Annual statistical returns and brief notes on vaccination in Bengal - 1909-1929
Year: 1909
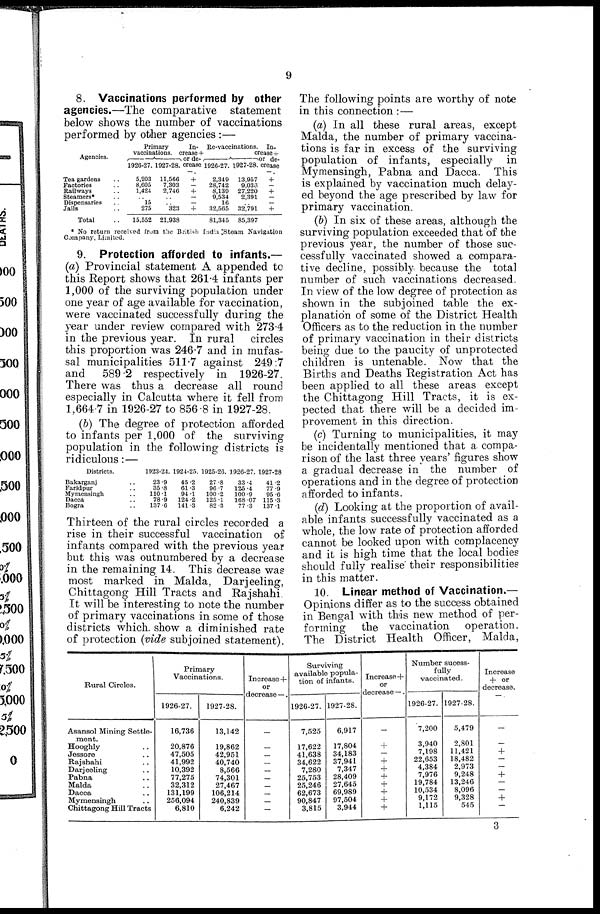
9
8. Vaccinations performed by other
agencies.—The comparative statement
below shows the number of vaccinations
performed by other agencies :—
Agencies.
Tea gardens ..
Factories ..
Railways ..
Steamers* ..
Dispensaries ..
Jails ..
Total ..
Primary
vaccinations.
1926-27.
5,203
8,605
1,424
..
15
275
15,552
1927-28
11,560
7,303
2,746
..
..
323
21,938
In-
crease +
or de-
crease
—.
+
—
+
—
—
+
Re-vaccinations.
1920-27.
2,349
28,742
8,139
9,534
16
32,565
81,345
1927-28.
13,957
9,038
27,220
2,391
..
32,791
85,397
In-
crease+
or de-
crease
—.
+
—
+
— —
+
* No return received from the British India Steam Navigation
Company, Limited.
9. Protection afforded to infants.—
(a) Provincial statement A appended to
this Report shows that 261.4 infants per
1,000 of the surviving population under
one year of age available for vaccination,
were vaccinated successfully during the
year under review compared with 273.4
in the previous year. In rural
circles
this proportion was 246.7 and in mufas-
sal municipalities 511.7 against 249.7
and
589.2 respectively in 1926-27.
There was thus a decrease all round
especially in Calcutta where it fell from
1,664.7 in 1926-27 to 856.8 in 1927-28.
(b) The degree of protection afforded
to infants per 1,000 of the surviving
population in the following districts is
ridiculous:—
Districts.
Bakarganj ..
Faridpur ..
Mymensingh ..
Dacca ..
Bogra ..
1923-24.
23.9
35.8
110.1
78.9
137.6
1924-25.
45.2
61.3
94.1
124.2
141.3
1925-20.
27.8
96.7
100.2
125.1
82.3
1926-27.
33.4
125.4
100.9
168.07
77.3
1927-28
41.2
77.9
95.6
115.3
137.1
Thirteen of the rural circles recorded a
rise in their successful vaccination of
infants compared with the previous year
but this was outnumbered by a decrease
in the remaining 14. This decrease was
most marked in Malda, Darjeeling,
Chittagong Hill Tracts and Rajshahi
It will be interesting to note the number
of primary vaccinations in some of those
districts which show a diminished rate
of protection (vide subjoined statement).
Rural Circles.
Asansol Mining Settle-
ment.
Hooghly ..
Jessore ..
Rajshahi ..
Darjeeling ..
Pabna ..
Malda ..
Dacca ..
Mymensingh ..
Chittagong Hill Tracts
Primary
Vaccinations.
1926-27.
16,736
20,876
47,505
41,992
10,392
77,275
32,312
131,199
256,094
6,810
1927-28.
13,142
19,862
42,951
40,740
8,566
74,301
27,467
106,214
240,839
6,242
Increase+
or
decrease —.
—
—
—
—
—
—
—
—
—
—
Surviving
available popula-
tion of infants.
1926-27.
7,525
17,622
41,638
34,622
7,280
25,753
25,246
62,673
90,847
3,815
1927-28.
6,917
17,804
34,183
37,941
7,347
28,409
27,645
69,989
97,504
3,944
Increase+
or
decrease —.
—
+
—
+
+
+
+
+
+
+
Number sucess¬
fully
vaccinated.
1926-27.
7,200
3,940
7,198
22,653
4,384
7,976
19,784
10,534
9,172
1,115
1927-28.
5,479
2,801
11,421
18,482
2,973
9,248
13,246
8,096
9,328
545
Increase
+ or
decrease.
—.
—
—
+
—
—
+
—
—
+
—
The following points are worthy of note
in this connection :—
(a) In all these rural areas, except
Malda, the number of primary vaccina-
tions is far in excess of the surviving
population of infants, especially in
Mymensingh, Pabna and Dacca. This
is explained by vaccination much delay-
ed beyond the age prescribed by law for
primary vaccination.
(b) In six of these areas, although the
surviving population exceeded that of the
previous year, the number of those suc-
cessfully vaccinated showed a compara-
tive decline, possibly because the total
number of such vaccinations decreased.
In view of the low degree of protection as
shown in the subjoined table the ex-
planation of some of the District Health
Officers as to the reduction in the number
of primary vaccination in their districts
being due to the paucity of unprotected
children is untenable. Now that the
Births and Deaths Registration Act has
been applied to all these areas except
the Chittagong Hill Tracts, it is ex-
pected that there will be a decided im-
provement in this direction.
(c) Turning to municipalities, it may
be incidentally mentioned that a compa-
rison of the last three years' figures show
a gradual decrease in the number of
operations and in the degree of protection
afforded to infants.
(d) Looking at the proportion of avail-
able infants successfully vaccinated as a
whole, the low rate of protection afforded
cannot be looked upon with complacency
and it is high time that the local bodies
should fully realise their responsibilities
in this matter.
10. Linear method of Vaccination.—
Opinions differ as to the success obtained
in Bengal with this new method of per-
forming the vaccination
operation.
The District Health Officer, Malda,
3